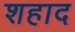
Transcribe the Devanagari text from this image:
शहाद